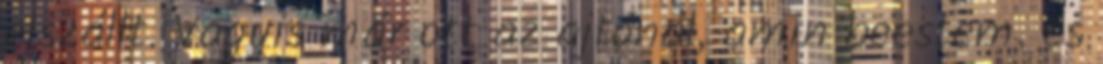
elszállt. Vagyis már ott az ajtónál, amin beestem. és